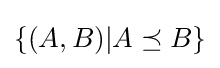
\{(A,B)|A\preceq B\}